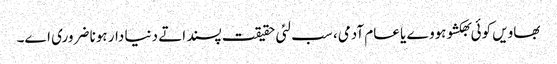
بھاویں کوئی بھکشو ہووے یا عام آدمی، سب لئی حقیقت پسند اتے دنیا دار ہونا ضروری اے۔